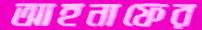
আহনাফের